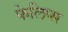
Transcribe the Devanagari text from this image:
फेलिप्स